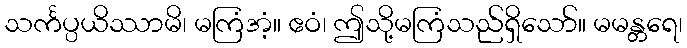
သင်္ကပ္ပယိဿာမိ၊ မကြံအံ့။ ဧဝံ၊ ဤသို့မကြံသည်ရှိသော်။ မမန္တရေ၊